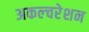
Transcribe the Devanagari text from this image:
अकल्चरेशन